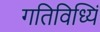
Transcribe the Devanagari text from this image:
गतिविध्यिं